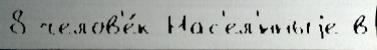
8 челов'е́к Нас'ел'́нныjе в